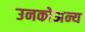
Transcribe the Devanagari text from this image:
उनकोअन्य